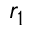
r _ { 1 }